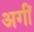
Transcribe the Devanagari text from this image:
अगीं